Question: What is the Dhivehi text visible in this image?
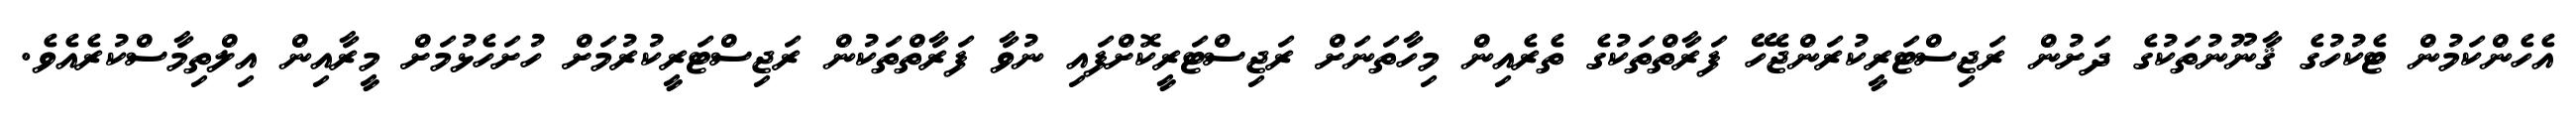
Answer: އެހެންކަމުން ޓެކުހުގެ ޤާނޫނުތަކުގެ ދަށުން ރަޖިސްޓަރީކުރަންޖެހޭ ފަރާތްތަކުގެ ތެރެއިން މިހާތަނަށް ރަޖިސްޓަރީކޮށްފައި ނުވާ ފަރާތްތަކުން ރަޖިސްޓަރީކުރުމަށް ހުށަހެޅުމަށް މީރާއިން އިލްތިމާސްކުރެއެވެ.